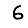
Digit: 6